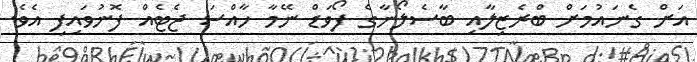
އަށް ގެނައުމަށް ބްރެޒިލާއި ބާސެލޯނާގެ ފޯވަޑް ނޭމާ ހާއްސަ ޖެޓެއް ފޮނުވައިފި އެވެ.